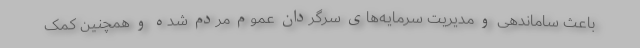
باعث ساماندهی و مدیریت سرمایه‌های سرگردان عموم مردم شده و همچنین کمک